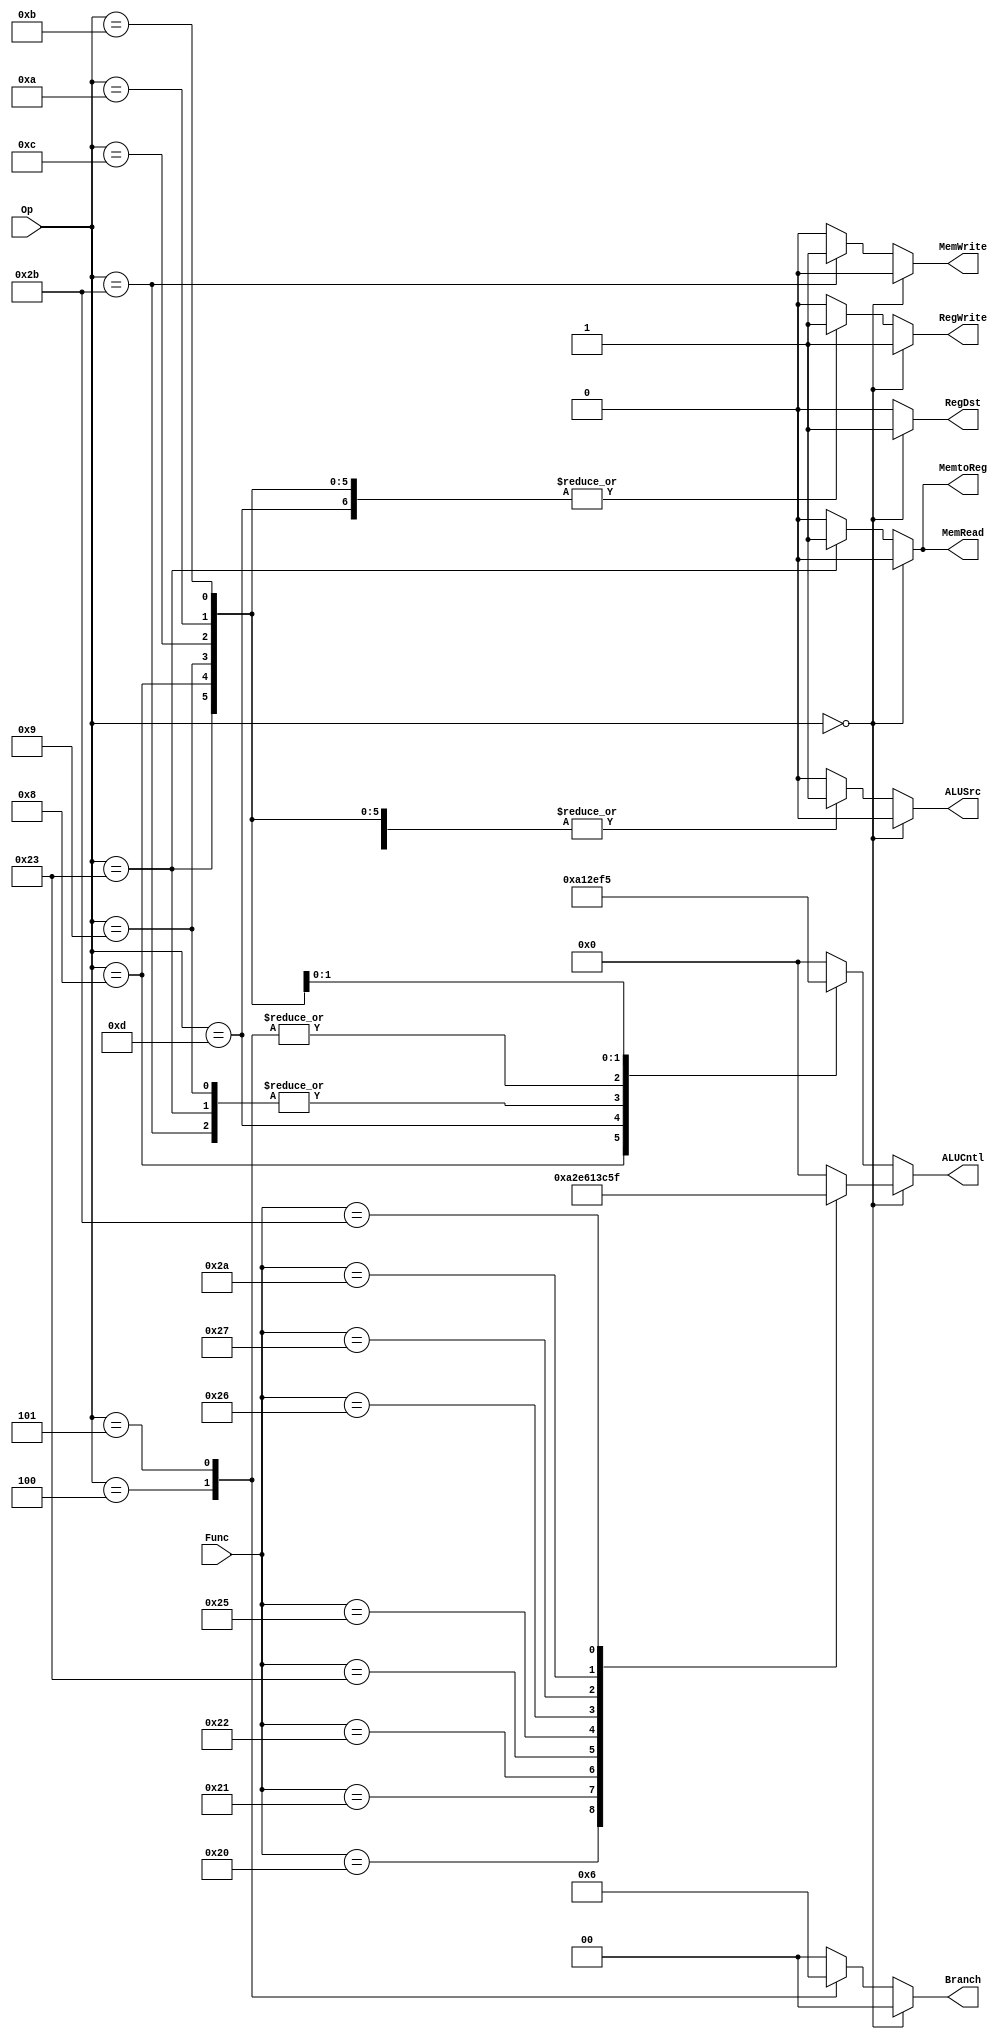
`timescale 1ns / 1ps
//////////////////////////////////////////////////////////////////////////////////
//Mango
//CECS341 Lab 04
//3/16/21
//////////////////////////////////////////////////////////////////////////////////

module control(
    input [5:0] Op,
    input [5:0] Func,
    output reg RegWrite,
    output reg [3:0] ALUCntl, 
    output reg RegDst,
    output reg [1:0] Branch,
    output reg MemRead,
    output reg MemWrite,
    output reg MemtoReg,
    output reg ALUSrc
    );
    
    always@(*) begin
        if (Op == 6'b0) begin
            RegWrite = 1'b1;
            RegDst = 1'b1;
            Branch = 2'b00;
            MemRead = 1'b0;
            MemWrite = 1'b0;
            MemtoReg = 1'b0;
            ALUSrc = 1'b0;
            
            case (Func)
                6'h20: ALUCntl = 4'b1010;
                6'h21: ALUCntl = 4'b0010;
                6'h22: ALUCntl = 4'b1110;
                6'h23: ALUCntl = 4'b0110;
                6'h24: ALUCntl = 4'b0000;
                6'h25: ALUCntl = 4'b0001;
                6'h26: ALUCntl = 4'b0011;
                6'h27: ALUCntl = 4'b1100;
                6'h2A: ALUCntl = 4'b0101; //Slt
                6'h2B: ALUCntl = 4'b1111; //Slt unsigned
                default: ALUCntl = 4'b0000; 
            endcase 
        end
        else begin  
            case(Op)
                6'h08: begin                    // Add immediate  
                        ALUCntl = 4'b1010;      // Addi ALU Control
                        RegWrite   = 1'b1;      // Write back to register file
                        RegDst     = 1'b0;      // Inst[20:16] is write back address
                        Branch     = 2'b00;     // No branching in addi
                        MemRead    = 1'b0;      // only occurs during loadword operation
                        MemWrite   = 1'b0;      // only occurs during storeword operation
                        MemtoReg   = 1'b0;      // this is 0 when the result of the operation is written back into the register file
                        ALUSrc     = 1'b1;      // only when the second operand is SE Immed
                        end 
                6'h09: begin                    // Add Immediate Unsigned
                        ALUCntl = 4'b0010;      // AddiU ALU Control
                        RegWrite   = 1'b1;      //  
                        RegDst     = 1'b0;      // 
                        Branch     = 2'b00;     // 
                        MemRead    = 1'b0;      // only occurs during loadword operation
                        MemWrite   = 1'b0;      // only occurs during storeword operation
                        MemtoReg   = 1'b0;      // 
                        ALUSrc     = 1'b1;      //
                        end
                6'h0C: begin                    // And Immediate
                        ALUCntl = 4'b0000;      // Andi ALU Control
                        RegWrite   = 1'b1;     
                        RegDst     = 1'b0;     
                        Branch     = 2'b00;      
                        MemRead    = 1'b0;      
                        MemWrite   = 1'b0;       
                        MemtoReg   = 1'b0;      
                        ALUSrc     = 1'b1;      //NOT SURE
                       end        
                6'h0D: begin                    // Or Immediate
                        ALUCntl = 4'b0001;      // Ori ALU Control
                        RegWrite   = 1'b1;      //SET TO ONE  
                        RegDst     = 1'b0;       
                        Branch     = 2'b00;      
                        MemRead    = 1'b0;      
                        MemWrite   = 1'b0;       
                        MemtoReg   = 1'b0;      
                        ALUSrc     = 1'b1;       //SET TO ONE
                       end
                6'h23: begin                     // Loadword
                        ALUCntl = 4'b0010;       // Lw ALU Control
                        RegWrite   = 1'b1;        
                        RegDst     = 1'b0;      
                        Branch     = 2'b00;       
                        MemRead    = 1'b1;       
                        MemWrite   = 1'b0;       
                        MemtoReg   = 1'b1;      
                        ALUSrc     = 1'b1;      
                        end  
                6'h2B: begin                    // Storeword
                        ALUCntl = 4'b0010;      // Sw ALU Control
                        RegWrite   = 1'b0;      
                        RegDst     = 1'b0;       
                        Branch     = 2'b00;      
                        MemRead    = 1'b0;       
                        MemWrite   = 1'b1;       
                        MemtoReg   = 1'b0;      
                        ALUSrc     = 1'b1;      
                       end
                6'h04: begin                    // Branch on Equal
                        ALUCntl = 4'b1110;      // Beq ALU Control
                        RegWrite   = 1'b0;      
                        RegDst     = 1'b0;      
                        Branch     = 2'b01;      
                        MemRead    = 1'b0;       
                        MemWrite   = 1'b0;       
                        MemtoReg   = 1'b0;      
                        ALUSrc     = 1'b0;      
                        end
                6'h05: begin                    // Branch On Not Equal
                        ALUCntl = 4'b1110;      // Bne ALU Control
                        RegWrite   = 1'b0;       
                        RegDst     = 1'b0;       
                        Branch     = 2'b10;     
                        MemRead    = 1'b0;       
                        MemWrite   = 1'b0;      
                        MemtoReg   = 1'b0;      
                        ALUSrc     = 1'b0;      
                        end           
                6'h0A: begin //Set less than immediate
                        RegWrite = 1'b1;   //Write back to register file
                        ALUCntl = 4'b1111; //SLT signed, must match your ALU control #                                   
                        RegDst = 1'b0;     //All I type instructions write back to [20;16]  
                        Branch = 2'b00;    //Not a branch                                  
                        MemRead = 1'b0;    //Only True for Load Word operation              
                        MemWrite = 1'b0;   //Only True for Store Word Operation             
                        MemtoReg = 1'b0;   //Writeback data comes from ALU (only 1 for LW i think)
                        ALUSrc = 1'b1;     //Uses SignExtendImm on the greensheet
                        end
                6'h0B: begin //Set less than imm unsigned
                        RegWrite = 1'b1;   //Write back to register file ( R[rt]= on the greensheet)
                        ALUCntl = 4'b0101; //SLT unsigned must match your ALU control #                                   
                        RegDst = 1'b0;     //All I type instructions write back to [20;16]  
                        Branch = 2'b00;    //Not a branch                                  
                        MemRead = 1'b0;    //Only True for Load Word operation              
                        MemWrite = 1'b0;   //Only True for Store Word Operation             
                        MemtoReg = 1'b0;   //Writeback data comes from ALU (only 1 for LW i think)
                        ALUSrc = 1'b1;     //Uses SignExtendImm on the greensheet
                        end
                default: begin
                        RegWrite = 1'b0;   
                        ALUCntl = 4'b0; 
                        RegDst = 1'b0;     
                        Branch = 2'b0;     
                        MemRead = 1'b0;    
                        MemWrite = 1'b0;   
                        MemtoReg = 1'b0;  
                        ALUSrc = 1'b0;    
                        end
          
        endcase
        end
    end
endmodule